Punjab Mental Hospital Lahore 1932-46 - 1932-1946
Year: 1932
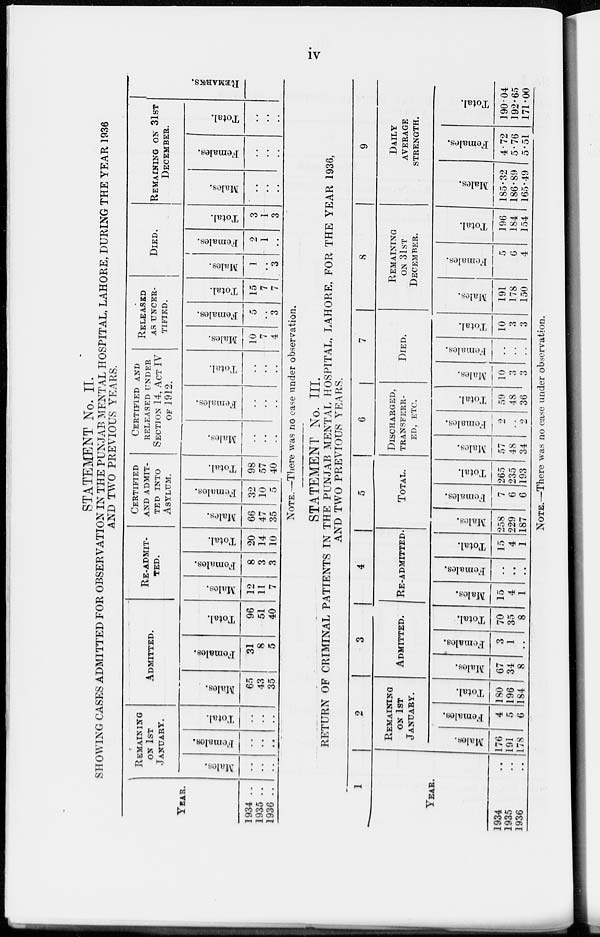
iv
STATEMENT No. II.
SHOWING CASES ADMITTED FOR OBSERVATION IN THE PUNJAB MENTAL HOSPITAL, LAHORE, DURING THE YEAR 1936
AND TWO PREVIOUS YEARS.
YEAR.
1934..
1935..
1936..
REMAINING
ON 1ST
JANUARY.
Males.
..
..
..
Females.
..
..
..
Total.
..
..
..
ADMITTED.
Males.
65
43
35
Females.
31
8
5
Total.
96
51
40
RE-ADMIT-
-ED.
Males.
12
11
7
Females.
8
3
3
Total.
20
14
10
CERTIFIED
AND ADMIT-
TED INTO
ASYLUM.
Males.
66
47
35
Females.
32
10
5
Total.
98
57
40
CERTIFIED AND
RELEASED UNDER
SECTION 14, ACT IV
OF 1912.
Males.
...
...
..
Females.
..
..
..
Total.
..
..
..
RELEASED
AS UNCER-
TIFIED.
Males.
10
7
4
Females.
5
...
3
Total.
15
7
7
DIED.
Mal es .
1
..
3
Femal es .
2
1
..
Total.
3
1
3
REMAINING ON 31ST
DECEMBER.
Males.
..
..
..
Females.
..
..
..
Total.
..
..
..
REMARKS.
NOTE.—There was no case under observation.
STATEMENT No. III.
RETURN OF CRIMINAL PATIENTS IN THE PUNJAB MENTAL HOSPITAL, LAHORE, FOR THE YEAR 1936,
AND TWO PREVIOUS YEARS.
1
YEAR.
1934 ..
1935 ..
1936 ..
2
REMAINING
ON 1ST
JANUARY.
Males.
176
191
178
Females.
4
5
6
Total.
180
196
184
3
ADMITTED.
Males.
67
34
8
Females.
3
1
..
Total.
70
35
8
4
RE-ADMITTED
Males.
15
4
1
Females.
..
..
..
Total.
15
4
1
5
TOTAL.
Males.
258
229
187
Females.
7
6
6
Total.
265
235
193
6
DISCHARGED,
TRANSFERRED, ETC.
Males.
57
48
34
Femal es .
2
..
2
Tot al .
59
48
36
7
DIED.
Males.
10
3
3
Females.
..
..
..
Total
10
3
3
8
REMAINING
ON 31ST
DECEMBER.
Males.
191
178
150
Females.
5
6
4
Total.
196
184
154
9
DAILY
AVERAGE
STRENGTH.
Males.
185.32
186.89
165.49
Females.
4.72
5.76
5.51
Total.
190.04
192.65
171.00
NOTE.—There was no case under observation.